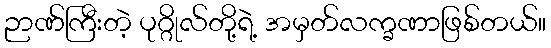
ဉာဏ်ကြီးတဲ့ ပုဂ္ဂိုလ်တို့ရဲ့ အမှတ်လက္ခဏာဖြစ်တယ်။